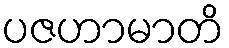
ပဇဟာမာတိ